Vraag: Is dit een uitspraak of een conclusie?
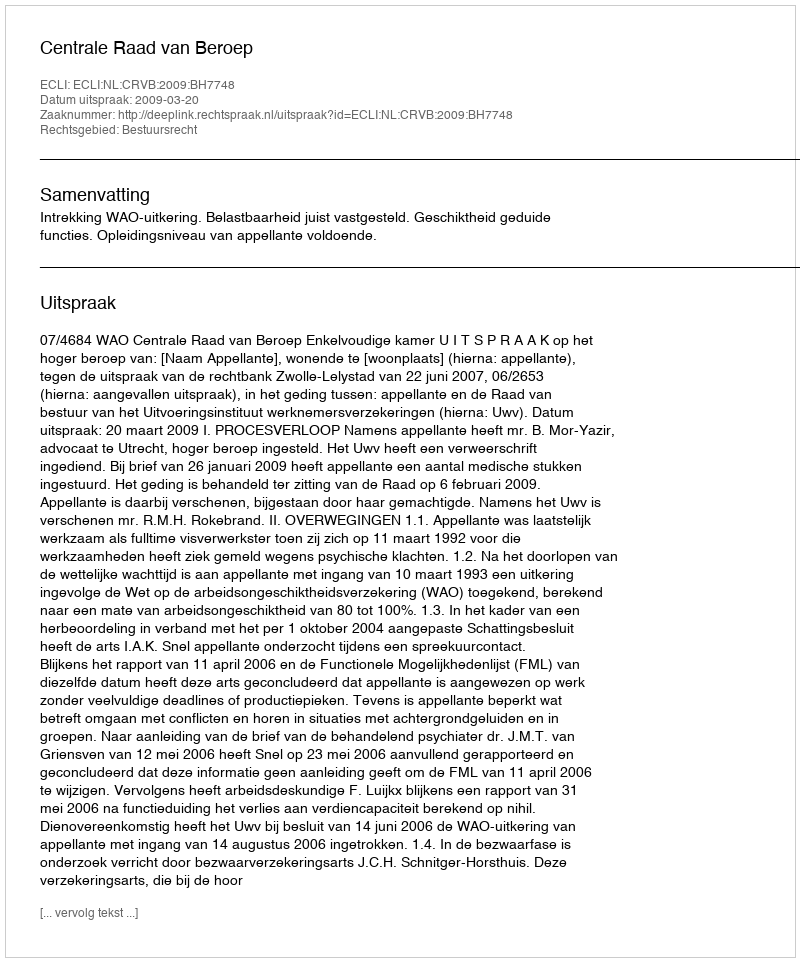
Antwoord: Uitspraak